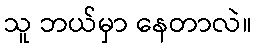
သူ ဘယ်မှာ နေတာလဲ။